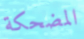
المضحكة